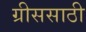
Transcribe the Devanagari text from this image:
ग्रीससाठी